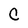
Character: C